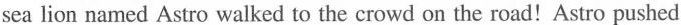
sea lion named Astro walked to the crowd on the road!Astro pushed